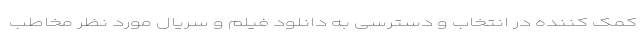
کمک کننده در انتخاب و دسترسی به دانلود فیلم و سریال مورد نظر مخاطب